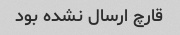
قارچ ارسال نشده بود